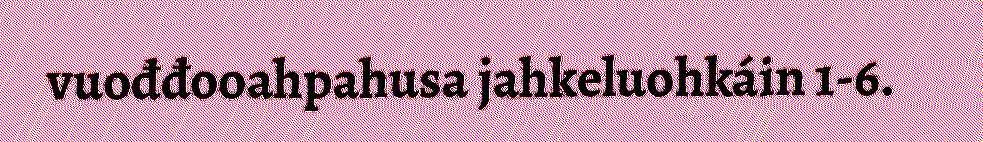
vuođđooahpahusa jahkeluohkáin 1-6.